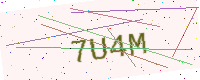
Text: 7U4M